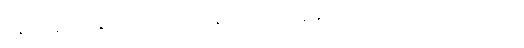
ဒီနည်းနဲ့ပဲ နောက်ကွယ်ကနေ ဦးသီလာနန္ဒက သူ့ကို ကူညီခဲ့ပါတယ်။